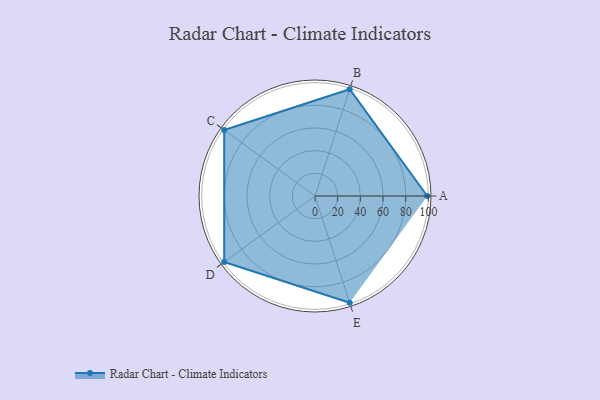
{"axis": {"x": "Skill", "y": "Score"}, "legend": ["Profile"], "data": [{"x": "A", "y": 99, "type": "Profile"}, {"x": "B", "y": 99, "type": "Profile"}, {"x": "C", "y": 99, "type": "Profile"}, {"x": "D", "y": 99, "type": "Profile"}, {"x": "E", "y": 99, "type": "Profile"}]}